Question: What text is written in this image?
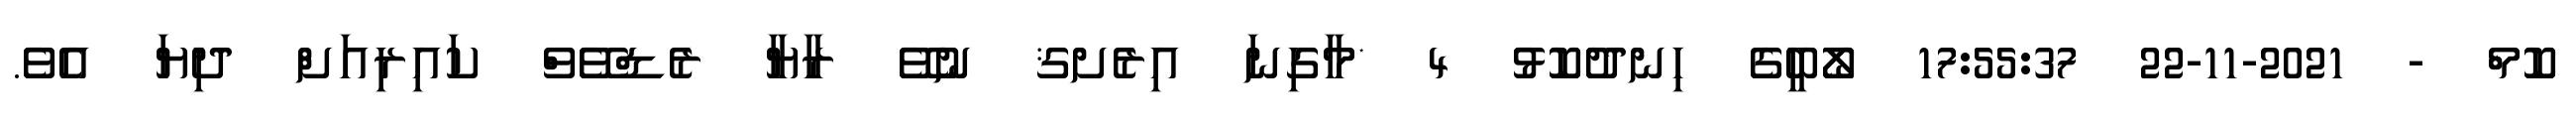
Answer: ކޮމް - 2021-11-22 17:55:37 ލޯބީގެ ހިނދުކޮޅު 4 *މާގިނަ އިރެށޤ ނުވޭ ރާޔާ ރެޑްވޭވް ކައިރިއަށް ދިޔަ އެވެ.